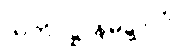
သတိပဋ္ဌာနမဋ္ဋာလံ